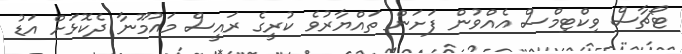
ޓޯޗާސް ވިކްޓިމްސް އެއްވުން ފަށަން ތައްޔާރުވެ ކުރީގެ ރައީސް މައުމޫނާ ދެކޮޅަށް އަޑު